Riigikantselei, lk 306
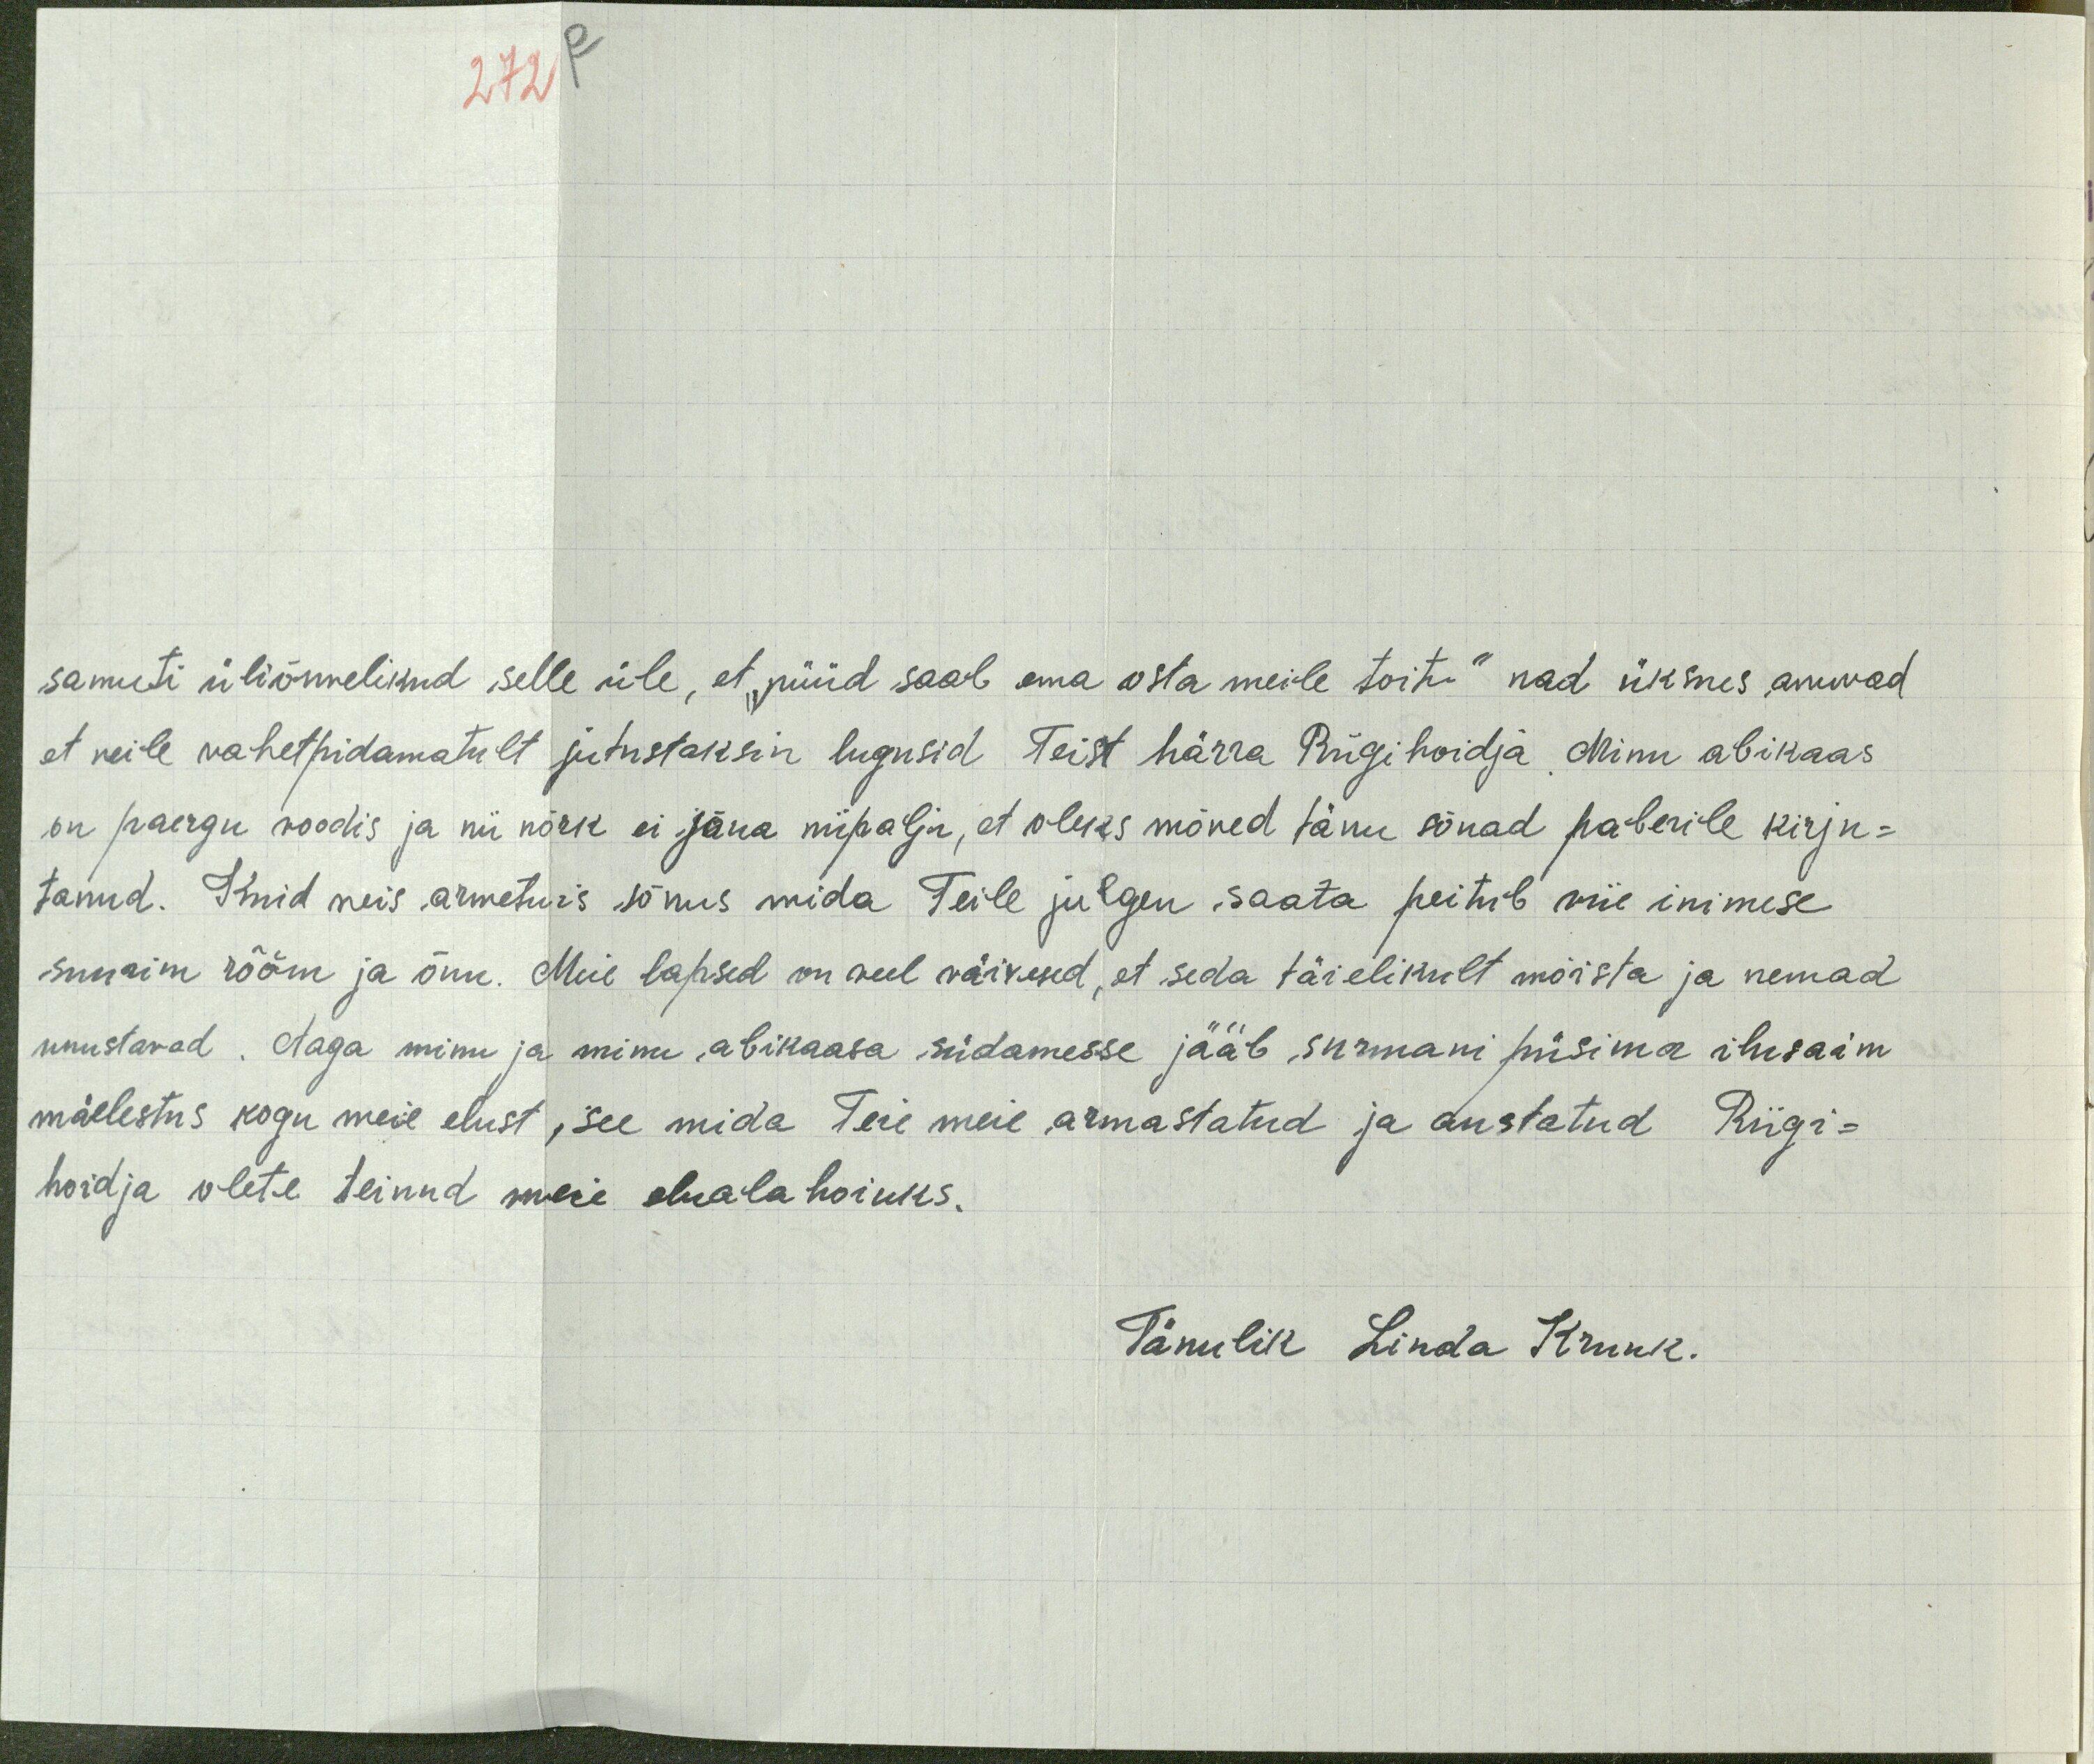
272 p

samuti üliõnnelikud, selle üle, et "nüüd saab ema osta meile toitu" nad üksnes anuvad
et neile vaheltpidamatult jutustaksin lugusid Teist härra Riigihoidja. Minu abikaas
on paergu voodis ja nii nõrk ei jõua niipalju, et oleks mõned tänu sõnad paberile kirju-
tanud. Kuid neis armetuis sõnus mida Teile julgen saata peitub viie inimese
suurim rõõm ja õnn. Meie lapsed on veel väikesed, et seda täielikult mõista ja nemad
unustavad. Aaga minu ja minu abikaasa südamesse jääb surnani püsima ilusaim
mäelestus kogu meie elust, see mida Teie meie armastatud ja austatud Riigi-
hoidja olete teinud meie eluala hoiuks.
Tänulik Linda Kruuk.